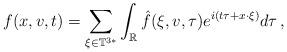
LaTeX: \begin{align*} f(x,v,t) = \sum_{\xi\in \mathbb{T}^{3*}} \int_{\mathbb{R}} \hat f(\xi,v,\tau) e^{i(t\tau + x\cdot\xi)} d\tau \,,\end{align*}